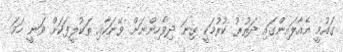
ގައުމީ އެއާލައިންގައި ދަތުރު ކުރުމަކީ ގިނަ ދިވެހިންނަށް ވޭނަކާއި ތަކުލީފަކަށް ވަނީ ހަމަ